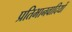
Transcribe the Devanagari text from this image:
प्रतिभानवादियों